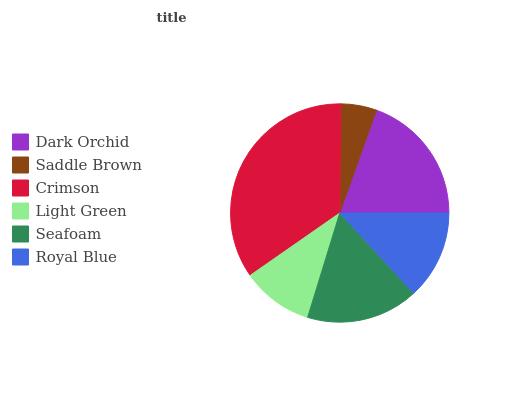
| Dark Orchid | Saddle Brown | Crimson | Light Green | Seafoam | Royal Blue |
 | --- | --- | --- | --- | --- | --- |
 | 19.6% | 5.3% | 34.9% | 10.6% | 16.5% | 13.2% |